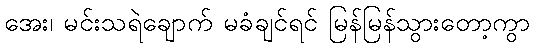
အေး၊ မင်းသရဲချောက် မခံချင်ရင် မြန်မြန်သွားတော့ကွာ